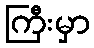
ကြီးမှာ